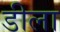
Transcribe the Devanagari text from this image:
डीला